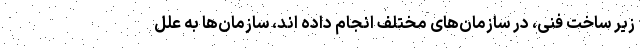
زیر ساخت فنی، در سازمان‌های مختلف انجام داده اند، سازمان‌ها به علل